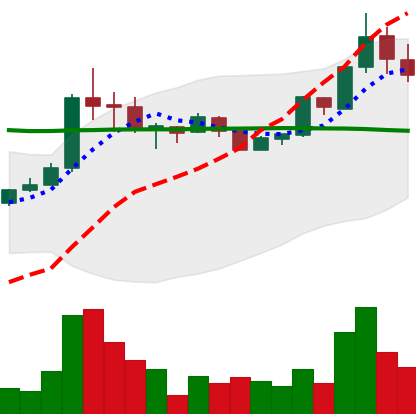
Ticker: BTC-USD
Chart end date: 2015-07-02
Forward return: 4.227%
Label: up_3_5